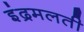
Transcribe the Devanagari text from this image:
इंद्रमलती